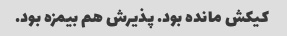
کیکش مانده بود. پذیرش هم بیمزه بود.